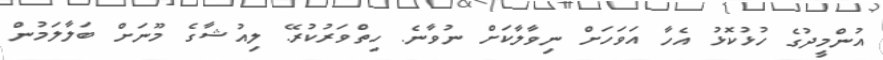
އުންމީދުގެ ހުޅުކޮޅު އެހާ އަވަހަށް ނިވާލާކަށް ނުވާނެ. ހިތްވަރުކުރޭ. ލިއުޝާގެ މޫނަށް ބަލާލަމުން